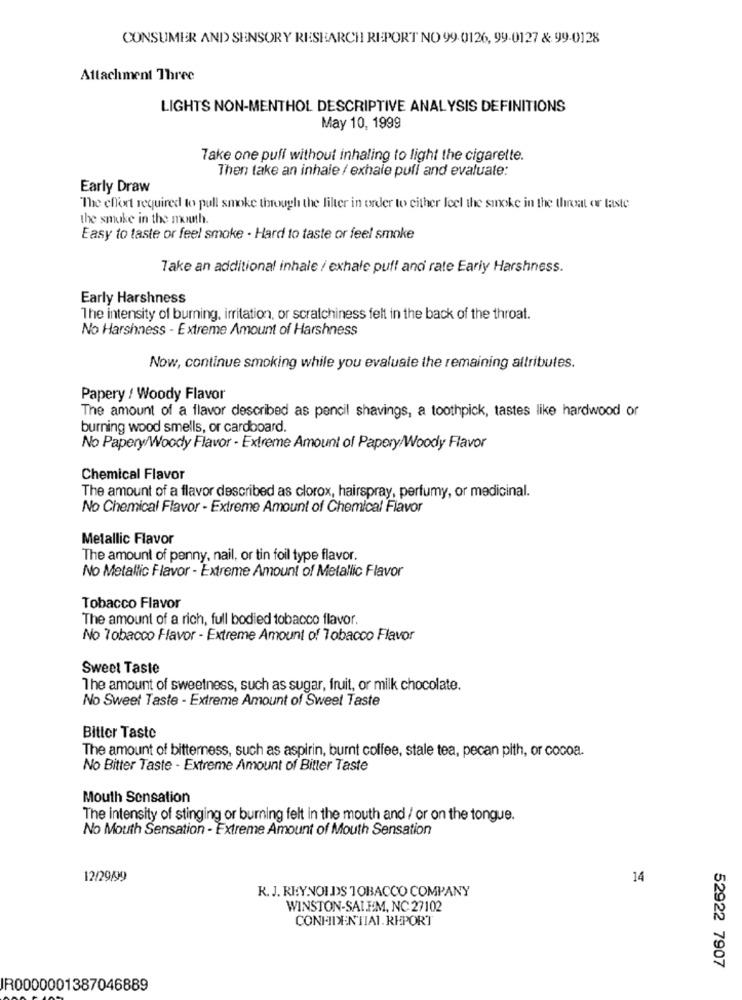
CONSUMER AND SENSORY RESEARCH REPORT NO 99.0126, 99-0127 & 99-0128
Attachment Three
LIGHTS NON-MENTHOL DESCRIPTIVE ANALYSIS DEFINITIONS
May 10, 1999
Take one pull without inhaling to light the cigarette.
Then take an inhale / exhale pull and evaluate:
Early Draw
The effort required to pull smoke through the filter in order to either feel the smoke in the throat or taste
the smoke in the mouth.
Easy to taste or feel smoke - Hard to taste or feel smoke
Take an additional inhale / exhale puf! and rate Early Harshness.
Early Harshness
The intensity of burning, irritation, or scratchiness felt in the back of the throat.
No Harshness - Extreme Amount of Harshness
Now, continue smoking while you evaluate the remaining attributes.
Papery / Woody Flavor
The amount of a flavor described as pencil shavings, a toothpick, tastes like hardwood or
burning wood smells, or cardboard.
No Papery/Woody Flavor - Extreme Amount of Papery/Woody Flavor
Chemical Flavor
The amount of a flavor described as clorox, hairspray, perfumy, or medicinal.
No Chemical Flavor - Extreme Amount of Chemical Flavor
Metallic Flavor
The amount of penny, nail, or tin foil type flavor.
No Metallic Flavor - Extreme Amount of Metallic Flavor
Tobacco Flavor
The amount of a rich, full bodied tobacco flavor.
No Tobacco Favor - Extreme Amount of Tobacco Flavor
Sweet Taste
The amount of sweetness, such as sugar, fruit, or milk chocolate.
No Sweet Taste - Extreme Amount of Sweet Taste
Bitter Taste
The amount of bitterness, such as aspirin, burnt coffee, stale tea, pecan pith, or cocoa.
No Bitter Taste - Extreme Amount of Bitter Taste
Mouth Sensation
The intensity of stinging or burning felt in the mouth and / or on the tongue.
No Mouth Sensation - Extreme Amount of Mouth Sensation
12/29/99
14
R. J. REYNOLDS TOBACCO COMPANY
WINSTON-SALEM, NC 27102
CONFIDENTIAL.REPORT
52922 7907
IR0000001387046889